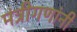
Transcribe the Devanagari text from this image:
मंत्रीगणांनी